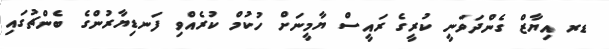
ޑރ އިޔާޒް ގެންދަވަނީ ކުރީގެ ރައީސް ޔާމީނަށް ހުކުމް ކުރެއްވި ފަނޑިޔާރުންގެ ބެންޗުގައި